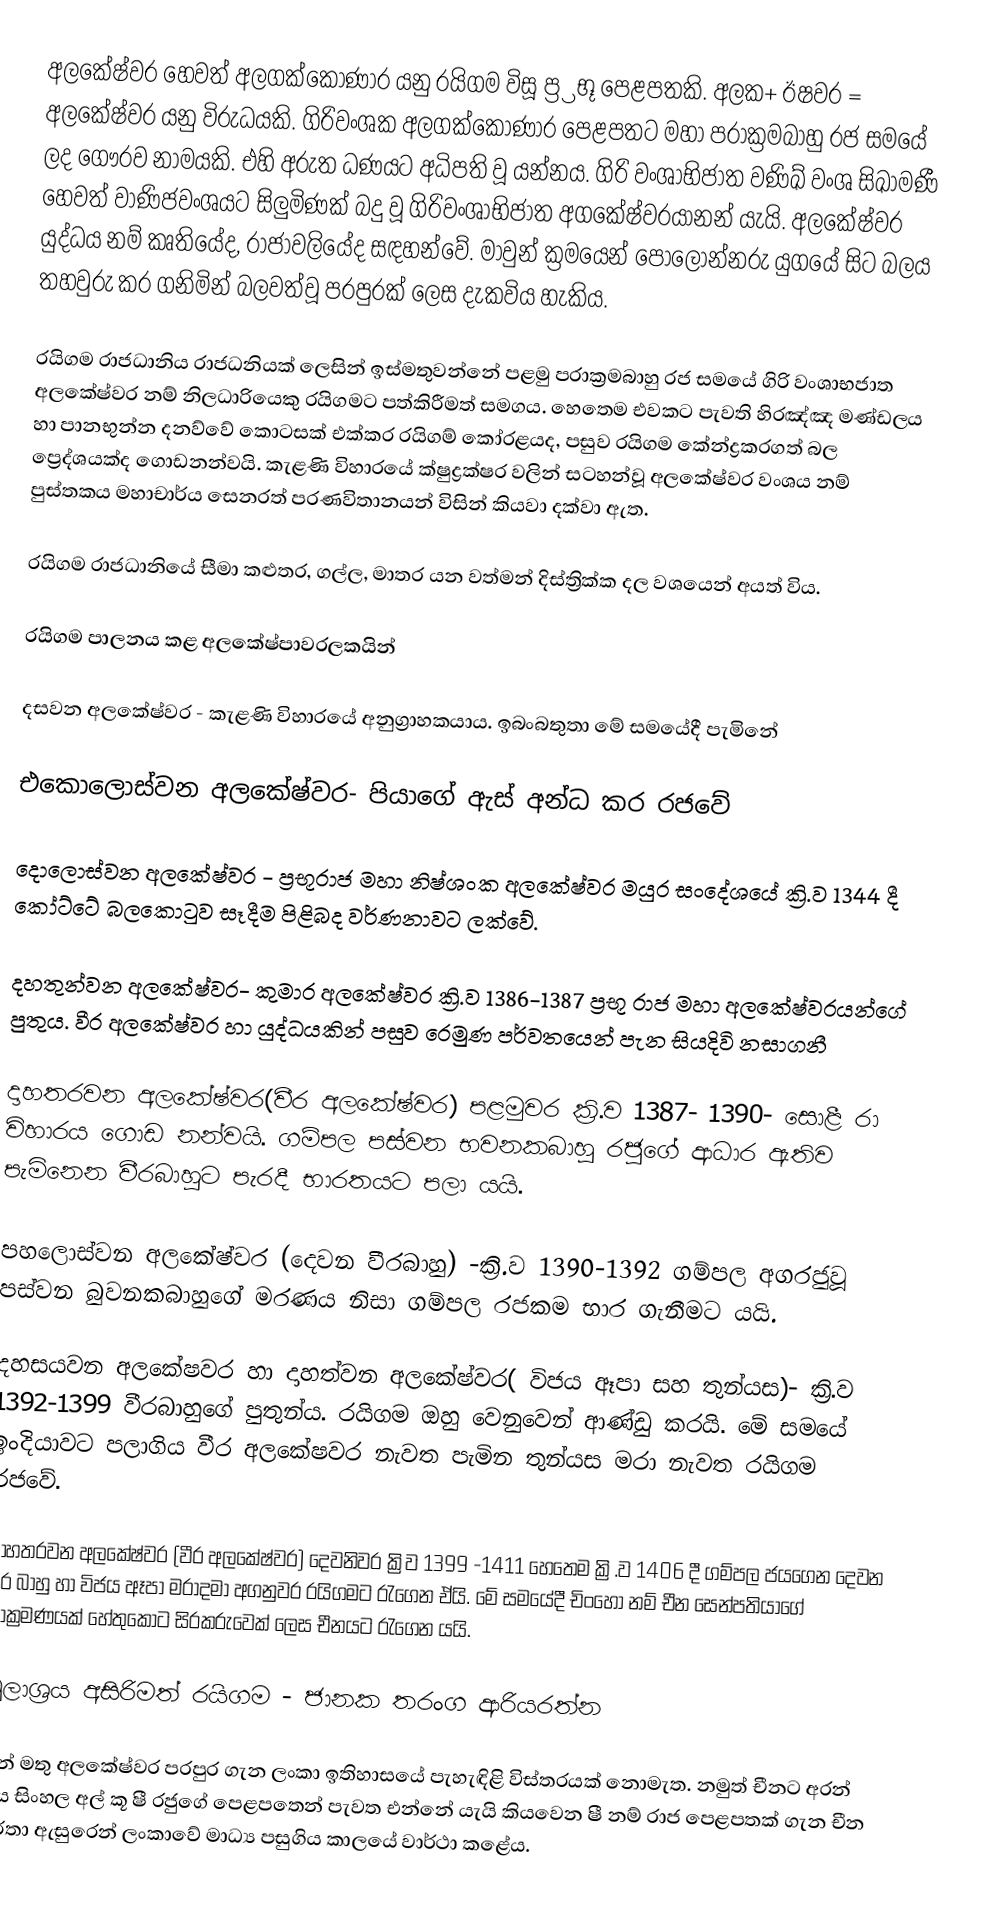
අලකේෂ්වර හෙවත් අලගක්කෝණාර යනු රයිගම විසූ ප්‍ර්‍රභූ පෙළපතකි.  අලක+ ඊෂවර = අලකේෂ්වර යනු විරුධයකි. ගිරිවංශක අලගක්කෝණාර පෙළපතට මහා පරාක්‍රමබාහු රජ සමයේ ලද ගෞරව නාමයකි. එහි අරුත ධණයට අධිපති වූ යන්නය. ගිරි වංශාභිජාත වණිඛ් වංශ සිඛාමණී හෙවත් වාණිජවංශයට සිලුමිණක් බදු වූ ගිරිවංශාභිජාත අගකේෂ්වරයානන් යැයි. අලකේෂ්වර යුද්ධය නම් කෘතියේද, රාජාවලියේද සඳහන්වේ. මා්වුන් ක්‍රමයෙන් පොලොන්නරු යුගයේ සිට බලය තහවුරු කර ගනිමින් බලවත්වූ පරපුරක් ලෙස දැකවිය හැකිය.

රයිගම රාජධානිය රාජධනියක් ලෙසින් ඉස්මතුවන්නේ පළමු පරාක්‍රමබාහු රජ සමයේ ගිරි වංශාභජාත අලකේෂ්වර නම් නිලධාරියෙකු රයිගමට පත්කිරීමත් සමගය. හෙතෙම එවකට පැවති හිරඤ්ඤ මණ්ඩලය හා පානභුන්න දනව්වේ කොටසක් එක්කර රයිගම් කෝරළයද, පසුව රයිගම කේන්ද්‍රකරගත් බල ප්‍රෙද්ශයක්ද ගොඩනන්වයි. කැළණි විහාරයේ ක්ෂුද්‍රක්ෂර වලින් සටහන්වූ අලකේෂ්වර වංශය නම් පුස්තකය මහාචාර්ය සෙනරත් පරණවිතානයන් විසින් කියවා දක්වා ඇත.

රයිගම රාජධානියේ සීමා කළුතර, ගල්ල, මාතර යන වත්මන් දිස්ත්‍රික්ක දල වශයෙන් අයත් විය.

රයිගම පාලනය කළ අලකේෂ්පාවරලකයින්

දසවන අලකේෂ්වර - කැළණි විහාරයේ අනුග්‍රාහකයාය. ඉබංබතුතා මේ සමයේදී පැමිනේ

එකොලොස්වන අලකේෂ්වර- පියාගේ ඇස් අන්ධ කර රජවේ

දොලොස්වන අලකේෂ්වර - ප්‍රභූරාජ මහා නිෂ්ශංක අලකේෂ්වර මයුර සංදේශයේ ක්‍රි.ව 1344 දී කෝට්ටේ බලකොටුව සෑදීම පිළිබද වර්ණනාවට ලක්වේ.

දහතුන්වන අලකේෂ්වර- කුමාර අලකේෂ්වර ක්‍රි.ව 1386-1387 ප්‍රභූ රාජ මහා අලකේෂ්වරයන්ගේ පුතුය. වීර අලකේෂ්වර හා යුද්ධයකින් පසුව රෙමුණ පර්වතයෙන් පැන සියදිවි නසාගනී

දාහතරවන අලකේෂ්වර(වීර අලකේෂ්වර) පළමුවර ක්‍රි.ව 1387- 1390- සොළී රා විහාරය ගොඩ නන්වයි. ගම්පල පස්වන භවනකබාහු රජුගේ ආධාර ඇතිව පැමිනෙන වීරබාහුට පැරදී භාරතයට පලා යයි.

පහලොස්වන අලකේෂ්වර (දෙවන වීරබාහු) -ක්‍රි.ව 1390-1392 ගම්පල අගරජුවූ පස්වන බුවනකබාහුගේ මරණය නිසා ගම්පල රජකම භාර ගැනීමට යයි.

දහසයවන අලකේෂවර හා දාහත්වන අලකේෂ්වර( විජය ඈපා සහ තුන්යස)- ක්‍රි.ව 1392-1399 වීරබාහුගේ පුතුන්ය. රයිගම ඔහු වෙනුවෙන් ආණ්ඩු කරයි. මේ සමයේ ඉංදියාවට පලාගිය වීර අලකේෂවර නැවත පැමින තුන්යස මරා නැවත රයිගම රජවේ.

දාහතරවන අලකේෂ්වර (වීර අලකේෂ්වර) දෙවනිවර ක්‍රිව 1399 -1411 හෙතෙම ක්‍රි.ව 1406 දී ගම්පල ජයගෙන දෙවන වීර බාහු හා විජය ඈපා මරාදමා අගනුවර රයිගමට රැගෙන ඒයි. මේ සමයේදී චිංහෝ නම් චීන සෙන්පතියාගේ ආක්‍රමණයක් හේතුකොට සිරකරුවෙක් ලෙස චීනයට රැගෙන යයි.

මූලාශ්‍රය අසිරිමත් රයිගම - ජානක තරංග ආරියරත්න

මින් මතු අලකේෂ්වර පරපුර ගැන ලංකා ඉතිහාසයේ පැහැඳිළි විස්තරයක් නොමැත. නමුත් චීනට අරන් ගිය සිංහල අල් කූ ෂී රජුගේ පෙළපතෙන් පැවත එන්නේ යැයි කියවෙන ෂී නම් රාජ පෙළපතක් ගැන චීන වර්තා ඇසුරෙන් ලංකාවේ මාධ්‍ය පසුගිය කාලයේ වාර්ථා කළේය.